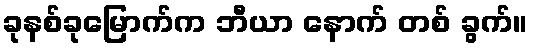
ခုနစ်ခုမြောက်က ဘီယာ နောက် တစ် ခွက်။